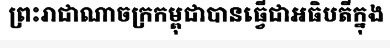
ព្រះរាជាណាចក្រកម្ពុជាបានធ្វើជាអធិបតីក្នុង